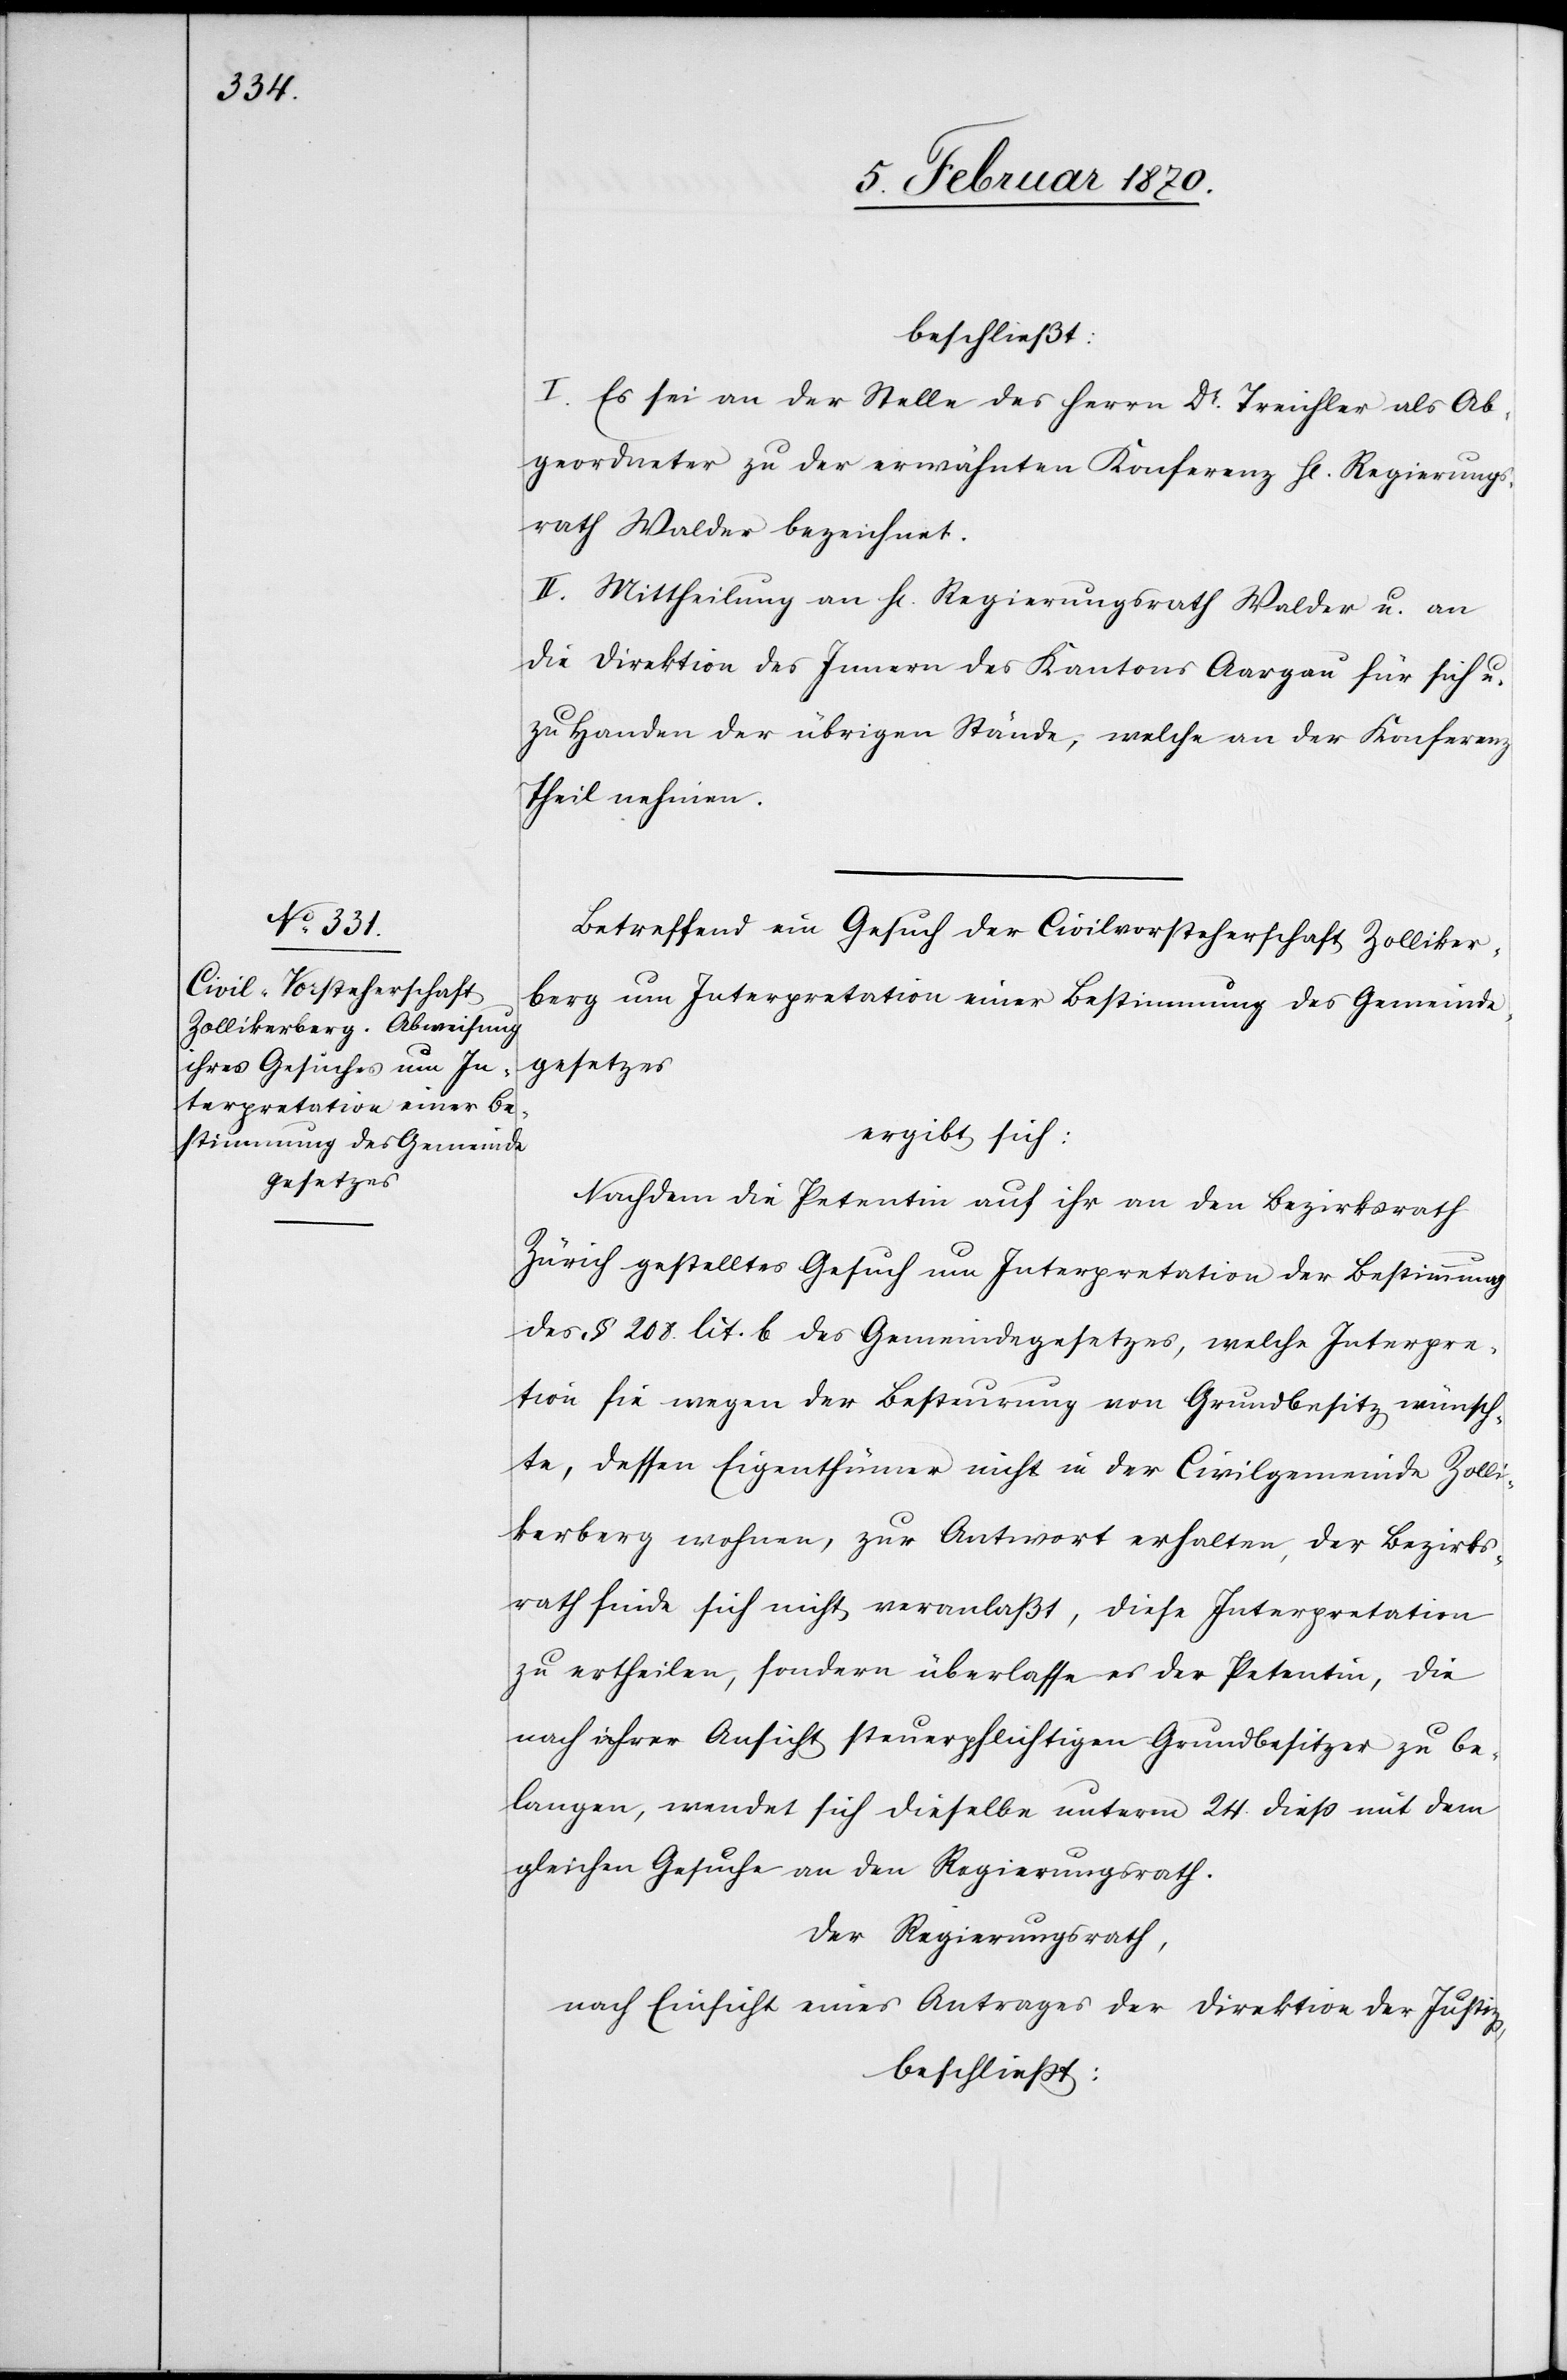
beschließt:
I. Es sei an der Stelle des Herrn Dr. Treichler als Ab¬
geordneter zu der erwähnten Konferenz H[err] Regierungs¬
rath Walder bezeichnet.
II. Mittheilung an H[errn] Regierungsrath Walder u. an
die Direktion des Innern des Kantons Aargau für sich u.
zu Handen der übrigen Stände, welche an der Konferenz
Theil nehmen.
Betreffend ein Gesuch der Civilvorsteherschaft Zolliker¬
berg um Interpretation einer Bestimmung des Gemeinde¬
gesetzes
ergibt sich:
Nachdem die Petentin auf ihr an den Bezirksrath
Zürich gestelltes Gesuch um Interpretation der Bestimmung
des § 200. lit. b des Gemeindegesetzes, welche Interpret¬
ation sie wegen der Besteurung von Grundbesitz wünsch¬
te, dessen Eigenthümer nicht in der Civilgemeinde Zolli¬
kerberg wohnen, zur Antwort erhalten, der Bezirks¬
rath finde sich nicht veranlaßt, diese Interpretation
zu ertheilen, sondern überlasse es der Petentin, die
nach ihrer Ansicht steuerpflichtigen Grundbesitzer zu be¬
langen, wendet sich dieselbe unterm 24. diess mit dem
gleichen Gesuche an den Regierungsrath.
Der Regierungsrath,
nach Einsicht eines Antrages der Direktion der Justiz,
beschliesst: